system: You are a helpful assistant.
user:
Analyze the provided spectrum to determine if it is a **White Dwarf (WD)**.

A White Dwarf spectrum is defined by its **extreme purity** (due to gravitational settling) and/or **extreme pressure broadening** (due to high surface gravity). You must check for one of the following mutually exclusive signatures:

- **Key Visual Indicators (Check for ONE of these types):**

    - **1. DA-Type Signature (Most Common):**
        - **(Primary Feature):** Extreme pressure broadening (Stark broadening) of the **Hydrogen (H) Balmer lines**.
        - **(Key Lines):** $H\beta$ (approx. $4861$ Å) and $H\gamma$ (approx. $4340$ Å). $H\alpha$ (approx. $6563$ Å) will also be present if the wavelength range covers it.
        - **(Line Profile):** This is the **defining feature**. The lines are **NOT** sharp. They appear as massive, **extremely broad and deep "troughs" or "dips"** in the spectrum, often hundreds of Ångströms wide. The continuum will appear to "scoop" down at these wavelengths.
        - **(Distinction):** Normal A-type or B-type stars have *narrow* and *sharp* Hydrogen lines. A DA White Dwarf's lines are unmistakably "smeared" or "blurry" from pressure.

    - **2. DB-Type Signature:**
        - **(Primary Feature):** Broad absorption lines from **Neutral Helium (He I)**. The spectrum must lack any visible Hydrogen lines.
        - **(Key Lines):** Look for broad absorption near $4471$ Å, $4921$ Å, and $5876$ Å.
        - **(Line Profile):** These lines are also significantly pressure-broadened, appearing much wider than they would in a normal B-type main-sequence star.

    - **3. DC-Type Signature:**
        - **(Primary Feature):** A **featureless continuous spectrum**.
        - **(Line Profile):** The spectrum is a smooth curve with **no significant absorption or emission lines**.
        - **(Key Confirmation):** The continuum is almost always **blue or white**, indicating a hot object. This signature implies the atmosphere is so pure (or so cool) that no spectral lines are visible in the optical range. Its WD identity is confirmed by its extremely low intrinsic brightness (high absolute magnitude).

    - **4. DZ-Type Signature (Metal-Polluted):**
        - **(Primary Feature):** **Isolated, narrow metal absorption lines** on an otherwise featureless (DC-like) continuum.
        - **(Key Lines):** The **Calcium (Ca II) H & K doublet** (approx. **$3934$ Å** and **$3968$ Å**) is the most common and defining feature.
        - **(Line Profile):** These lines are "out of place." They are *not* part of a "forest" of thousands of lines. This signature is evidence of recent *accretion* (pollution) from rocky debris.
        - **(Distinction):** Normal G/K/M stars have a *dense forest* of thousands of metal lines. A DZ has a *clean* continuum with *only a few* strong metal lines.

    - **5. DQ-Type Signature (Carbon-Polluted):**
        - **(Primary Feature):** Absorption bands from **Carbon (C₂ "Swan Bands" or atomic C I)**.
        - **(Key Lines - C₂):** Look for bandheads with a "saw-tooth" shape near $5635$ Å, **$5165$ Å** (strongest), and $4737$ Å.
        - **(Key Confirmation):** The underlying **continuum must be blue or white** (hot).
        - **(Distinction):** This is the critical difference from a **Carbon Star**, which has the *exact same* C₂ bands but on an extremely **red, cool** continuum.

- **(Overall Spectrum):**
    - The continuum (overall shape) is typically **blue-sloping** (brighter in the blue than the red), as most white dwarfs are very hot.
    - The spectrum will look "pure" or "simple," dominated by only *one* of the five signatures listed above.

Think first, call **spectral_visualization_tool** if needed to examine features in detail, then provide your final answer. Your response must adhere to the following strict rules:
1.  **Overall Structure:** Your response must follow the format `<think>...</think> <tool_call>...</tool_call> (if a tool is used) <answer>...</answer>`.
2.  **Tool Usage Constraint:** You may only make **one** tool call per turn.
3.  **Final Answer Format:** In the `<answer>` tag, your conclusion must be inside a `\boxed{}` command (e.g., `\boxed{YES}` or `\boxed{NO}`), followed by your justification.

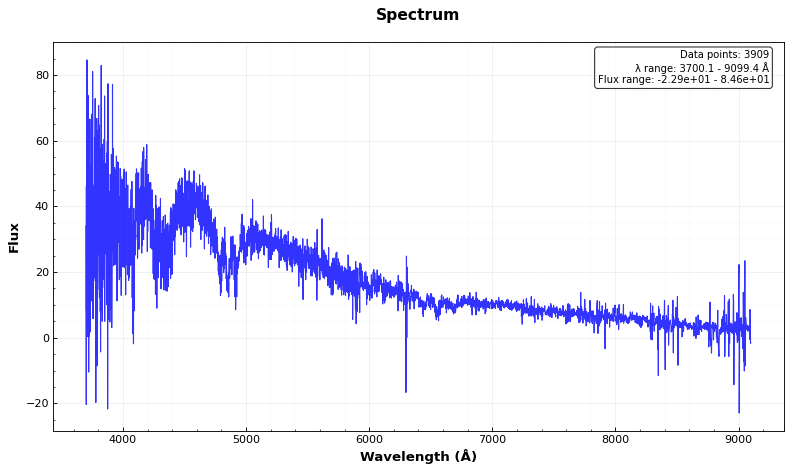
Answer: YES